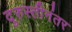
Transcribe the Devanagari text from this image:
दुरुस्तीनंतर